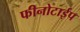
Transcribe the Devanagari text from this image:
फीनोटाईप